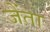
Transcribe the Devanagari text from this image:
जेंता